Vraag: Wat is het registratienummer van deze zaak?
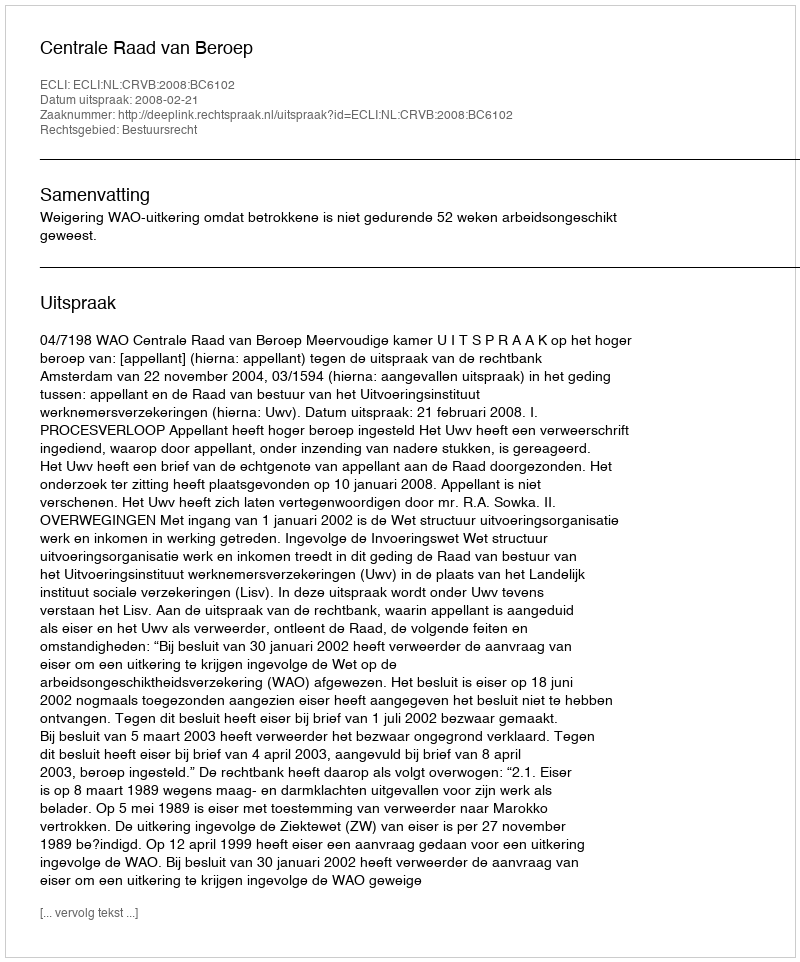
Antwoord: http://deeplink.rechtspraak.nl/uitspraak?id=ECLI:NL:CRVB:2008:BC6102